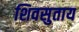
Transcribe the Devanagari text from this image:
शिवसुताय